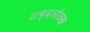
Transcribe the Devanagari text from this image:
शब्दओळख